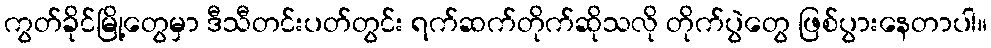
ကွတ်ခိုင်မြို့တွေမှာ ဒီသီတင်းပတ်တွင်း ရက်ဆက်တိုက်ဆိုသလို တိုက်ပွဲတွေ ဖြစ်ပွားနေတာပါ။